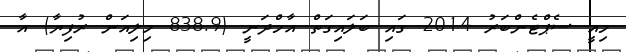
މިއީ ސެޕްޓެންބަރު 2014 ގައި ބަލައިގަތް އާމްދަނީ (838.9 މިލިއަން ރުފިޔާ) އާ